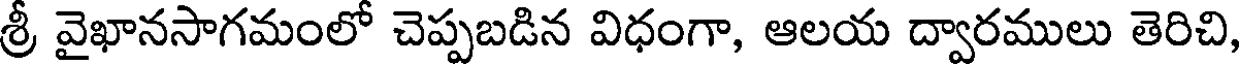
శ్రీ వైఖానసాగమంలో చెప్పబడిన విధంగా, ఆలయ ద్వారములు తెరిచి,